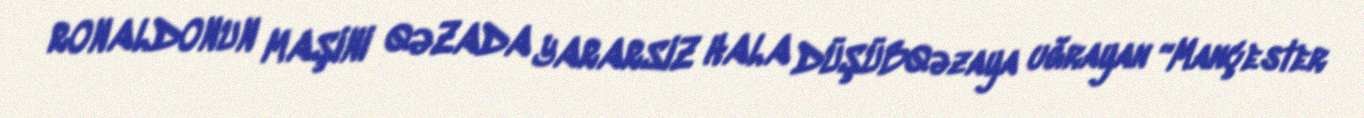
RONALDONUN MAŞINI QƏZADA YARARSIZ HALA DÜŞÜBQəzaya uğrayan “Mançester